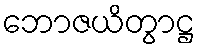
ဘောဇယိတွာဋ္ဌ